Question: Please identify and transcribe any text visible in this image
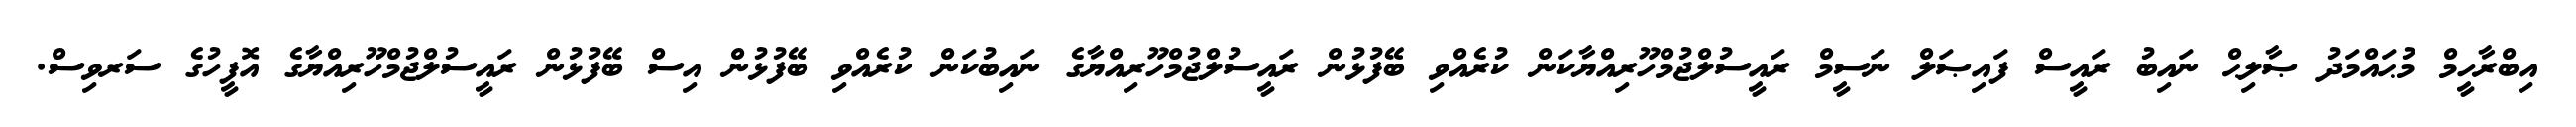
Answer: އިބްރާހީމް މުޙައްމަދު ޞާލިޙް ނައިބު ރައީސް ފައިޞަލް ނަސީމް ރައީސުލްޖުމްހޫރިއްޔާކަން ކުރެއްވި ބޭފުޅުން ރައީސުލްޖުމްހޫރިއްޔާގެ ނައިބުކަން ކުރެއްވި ބޭފުޅުން އިސް ބޭފުޅުން ރައީސުލްޖުމްހޫރިއްޔާގެ އޮފީހުގެ ސަރވިސް.